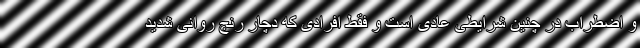
و اضطراب در چنین شرایطی عادی است و فقط افرادی که دچار رنج روانی شدید